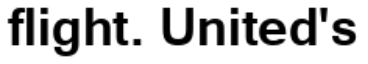
flight. United's